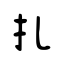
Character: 扎